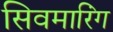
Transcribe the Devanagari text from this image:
सिवमारिंग